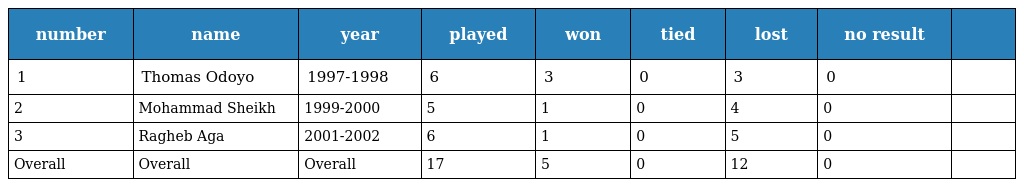
| number | name | year | played | won | tied | lost | no result |  |
 | --- | --- | --- | --- | --- | --- | --- | --- | --- |
 | 1 | Thomas Odoyo | 1997-1998 | 6 | 3 | 0 | 3 | 0 |  |
 | 2 | Mohammad Sheikh | 1999-2000 | 5 | 1 | 0 | 4 | 0 |  |
 | 3 | Ragheb Aga | 2001-2002 | 6 | 1 | 0 | 5 | 0 |  |
 | Overall | Overall | Overall | 17 | 5 | 0 | 12 | 0 |  |